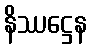
နိဿဋ္ဌေန